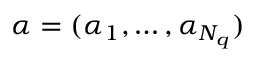
{ \boldsymbol { \alpha } } = ( \alpha _ { 1 } , \ldots , \alpha _ { N _ { q } } )